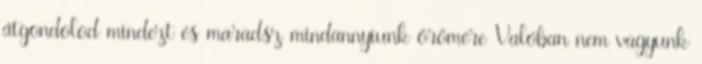
átgondolod mindezt és maradsz mindannyiunk örömére Valóban nem vagyunk